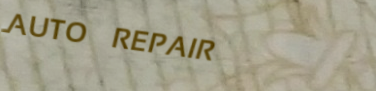
AUTO REPAIR